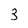
Character: 3